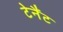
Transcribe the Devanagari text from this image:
टेनैंट